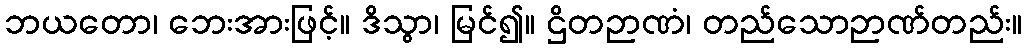
ဘယတော၊ ဘေးအားဖြင့်။ ဒိသွာ၊ မြင်၍။ ဌိတဉာဏံ၊ တည်သောဉာဏ်တည်း။